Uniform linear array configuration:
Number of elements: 64
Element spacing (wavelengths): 1
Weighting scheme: kaiser
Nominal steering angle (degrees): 0
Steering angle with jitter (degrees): -1.642
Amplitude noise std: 0.05
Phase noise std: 0.05

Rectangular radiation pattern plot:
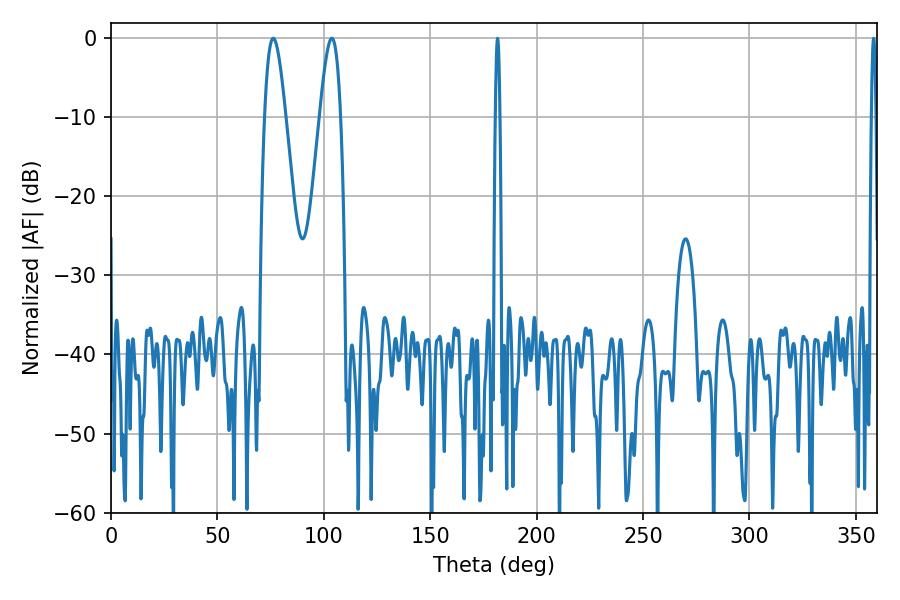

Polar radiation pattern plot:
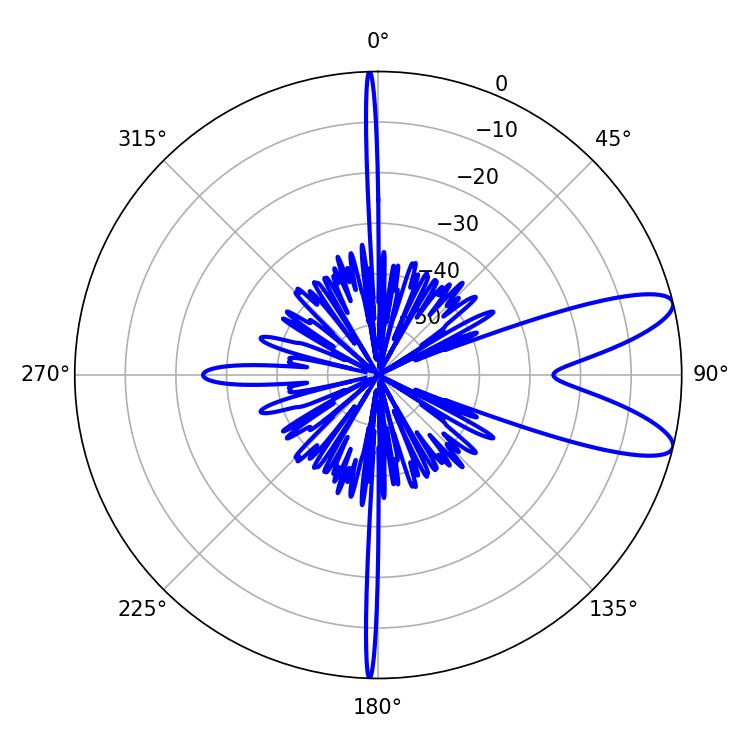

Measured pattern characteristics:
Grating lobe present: TRUE
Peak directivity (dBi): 10.035
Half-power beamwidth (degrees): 5.4
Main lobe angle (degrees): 76.32